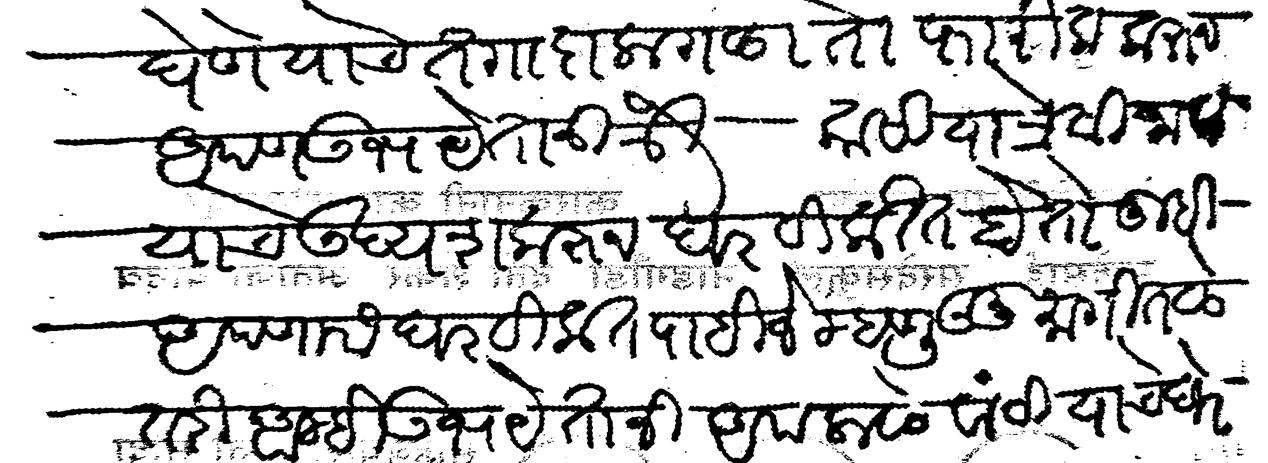
Transliteration (Devanagari): घेणे याचे तगादा लागला तो फारीक करून आपण उभयेतानी श्री कासी यात्रेसी जावेयाचे उदयरा करून घर विकीत होतो तुम्ही आपणास घर विकत पाहिजे म्हणुऊनी मागितले तरी आम्ही उभयेतानी आपलासे वाटीयाचे घरे